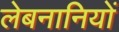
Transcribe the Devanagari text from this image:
लेबनानियों